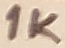
Text: 1K